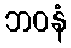
ဘဝနံ